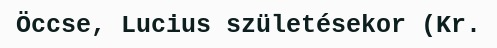
Öccse, Lucius születésekor (Kr.